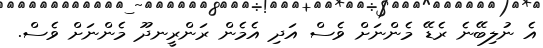
އެ ނުލިބޭނެ ރެޑޭ މެންނަށް ވެސް އަދި އެމެން ރަންރީނދޫ މެންނަށް ވެސް.